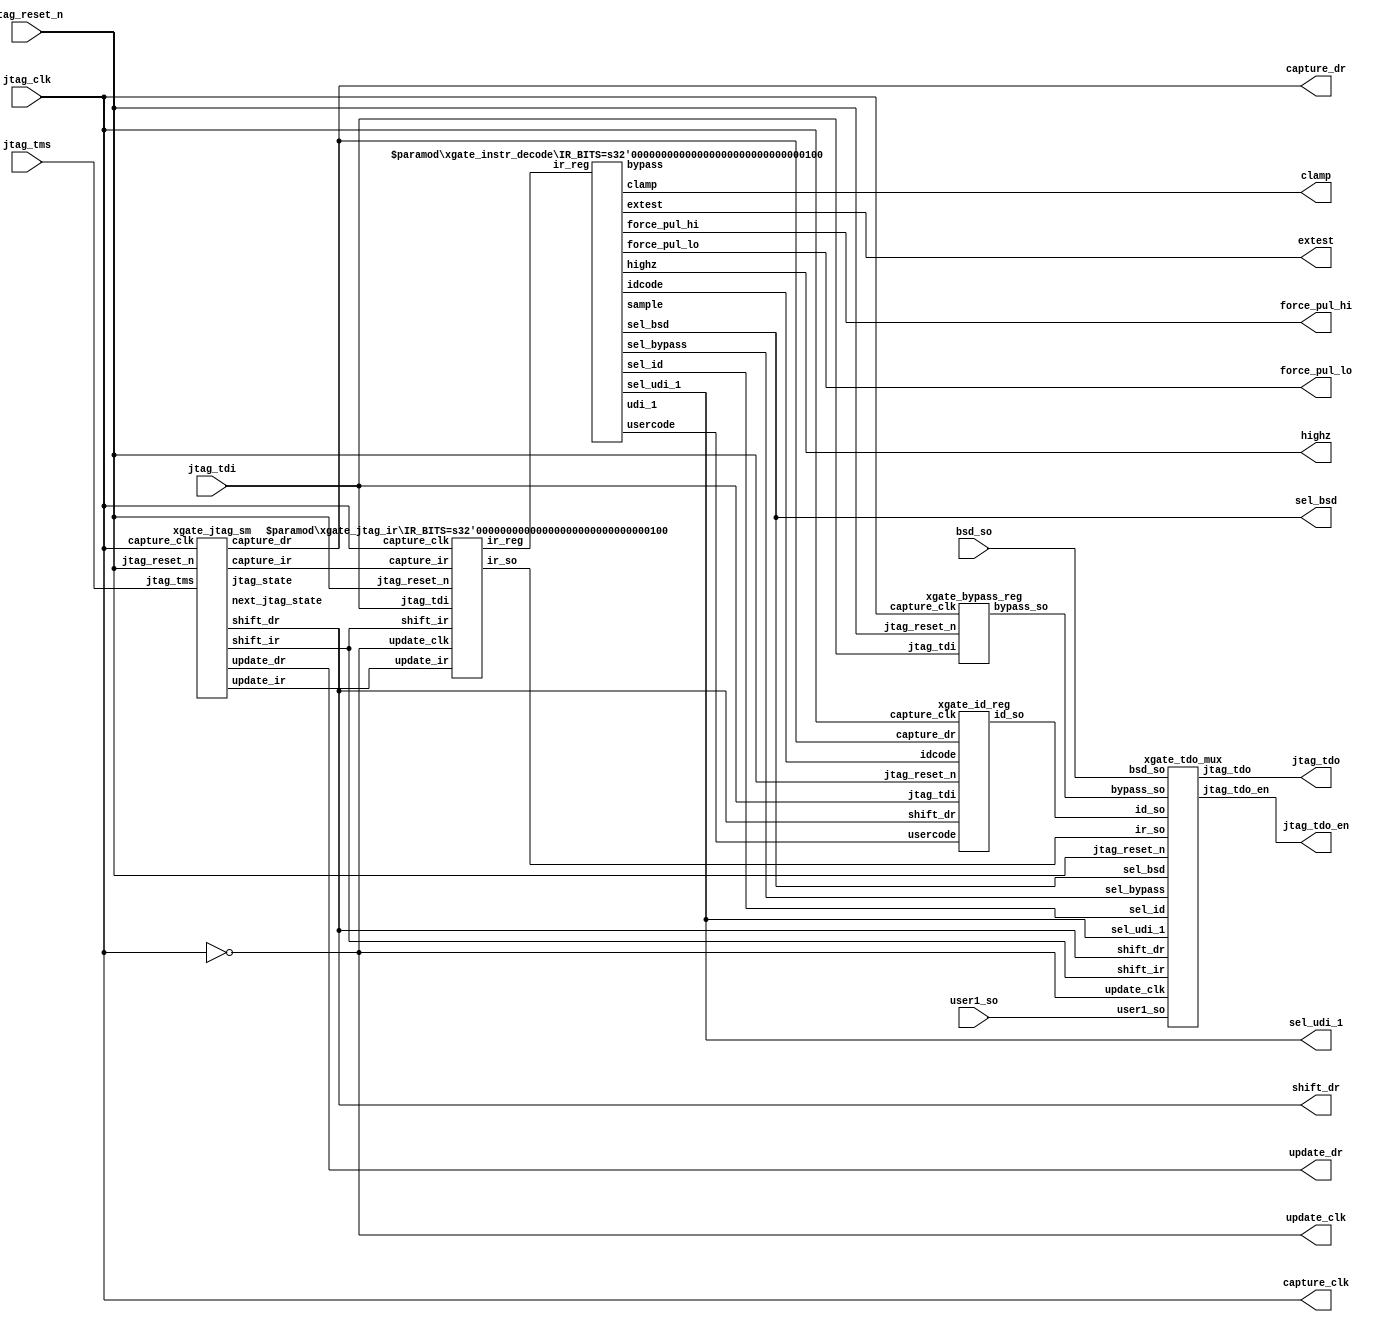
////////////////////////////////////////////////////////////////////////////////
//
//  XGATE Coprocessor - XGATE JTAG Module
//
//          rehayes@opencores.org
//
//  Downloaded from: http://www.opencores.org/projects/xgate.....
//
////////////////////////////////////////////////////////////////////////////////
// Copyright (c) 2011, Robert Hayes
//
// This source file is free software: you can redistribute it and/or modify
// it under the terms of the GNU Lesser General Public License as published
// by the Free Software Foundation, either version 3 of the License, or
// (at your option) any later version.
//
// Supplemental terms.
//     * Redistributions of source code must retain the above copyright
//       notice, this list of conditions and the following disclaimer.
//     * Neither the name of the <organization> nor the
//       names of its contributors may be used to endorse or promote products
//       derived from this software without specific prior written permission.
//
// THIS SOFTWARE IS PROVIDED BY Robert Hayes ''AS IS'' AND ANY
// EXPRESS OR IMPLIED WARRANTIES, INCLUDING, BUT NOT LIMITED TO, THE IMPLIED
// WARRANTIES OF MERCHANTABILITY AND FITNESS FOR A PARTICULAR PURPOSE ARE
// DISCLAIMED. IN NO EVENT SHALL Robert Hayes BE LIABLE FOR ANY
// DIRECT, INDIRECT, INCIDENTAL, SPECIAL, EXEMPLARY, OR CONSEQUENTIAL DAMAGES
// (INCLUDING, BUT NOT LIMITED TO, PROCUREMENT OF SUBSTITUTE GOODS OR SERVICES;
// LOSS OF USE, DATA, OR PROFITS; OR BUSINESS INTERRUPTION) HOWEVER CAUSED AND
// ON ANY THEORY OF LIABILITY, WHETHER IN CONTRACT, STRICT LIABILITY, OR TORT
// (INCLUDING NEGLIGENCE OR OTHERWISE) ARISING IN ANY WAY OUT OF THE USE OF THIS
// SOFTWARE, EVEN IF ADVISED OF THE POSSIBILITY OF SUCH DAMAGE.
//
// You should have received a copy of the GNU General Public License
// along with this program.  If not, see <http://www.gnu.org/licenses/>.
////////////////////////////////////////////////////////////////////////////////
// 45678901234567890123456789012345678901234567890123456789012345678901234567890

// -----------------------------------------------------------------------------
// JTAG TAP Controller
// -----------------------------------------------------------------------------
module xgate_jtag #(parameter IR_BITS = 4)    // Number of Instruction Register Bits
  (
    output  jtag_tdo,      // JTAG Serial Output Data
    output  jtag_tdo_en,   // JTAG Serial Output Data tri-state enable

    input   jtag_tdi,      // JTAG Serial Input Data
    input   jtag_clk,      // JTAG Test clock
    input   jtag_reset_n,  // JTAG Async reset signal
    input   jtag_tms,      // JTAG Test Mode Select

    output  extest,        // JTAG Command for I/O control
    output  clamp,         // JTAG Command for I/O control
    output  highz,         // JTAG Command for I/O control
    output  force_pul_lo,  // JTAG Command for I/O control
    output  force_pul_hi,  // JTAG Command for I/O control

    output  sel_bsd,       // JTAG select the boundary scan register
    output  sel_udi_1,     // JTAG select the udi_1 (testmode control) register

    output  capture_clk,   // Shift and input capture clock
    output  update_clk,    // Load holding register
    output  capture_dr,    // Enable shift/capture register input loading,
    output  update_dr,     // Enable holding register input loading
    output  shift_dr,      // Select eather shift mode or parallel capture mode
    input   bsd_so,        // Serial data input from boundary scan chain
    input   user1_so       // Serial data input from user register
  );


  wire [3:0] jtag_state;
  wire [3:0] next_jtag_state;

  wire [IR_BITS-1:0] ir_reg;



  // Define clocks here, future enhansment would be to add scan clock mux
  // update_clk is output I/O clock and control register capture clock
  // capture_clock is input I/O clock and shifting clock
  assign update_clk  = !jtag_clk;
  assign capture_clk = jtag_clk;

  // ---------------------------------------------------------------------------
  xgate_jtag_sm
    jtag_sm(
      .jtag_state(jtag_state),
      .next_jtag_state(next_jtag_state),
      .update_ir(update_ir),
      .capture_ir(capture_ir),
      .shift_ir(shift_ir),
      .update_dr(update_dr),
      .capture_dr(capture_dr),
      .shift_dr(shift_dr),
      .capture_clk(capture_clk),
      .jtag_reset_n(jtag_reset_n),
      .jtag_tms(jtag_tms)
    );

  // ---------------------------------------------------------------------------
  xgate_jtag_ir #(.IR_BITS(IR_BITS))
    jtag_ir(
      .ir_reg(ir_reg),
      .ir_so(ir_so),
      .capture_clk(capture_clk),
      .update_clk(update_clk),
      .update_ir(update_ir),
      .capture_ir(capture_ir),
      .shift_ir(shift_ir),
      .jtag_tdi(jtag_tdi),
      .jtag_reset_n(jtag_reset_n)
    );

  // ---------------------------------------------------------------------------
  xgate_instr_decode #(.IR_BITS(IR_BITS))
    decoder(
      .bypass(bypass),
      .clamp(clamp),
      .highz(highz),
      .extest(extest),
      .force_pul_lo(force_pul_lo),
      .force_pul_hi(force_pul_hi),
      .sample(sample),
      .idcode(idcode),
      .usercode(usercode),
      .udi_1(udi_1),

      .sel_bypass(sel_bypass),
      .sel_bsd(sel_bsd),
      .sel_id(sel_id),
      .sel_udi_1(sel_udi_1),

      .ir_reg(ir_reg)
    );

  // ---------------------------------------------------------------------------
  xgate_bypass_reg
    tdi_bypass(
      .bypass_so(bypass_so),

      .jtag_tdi(jtag_tdi),
      .capture_clk(capture_clk),
      .jtag_reset_n(jtag_reset_n)
    );

  // ---------------------------------------------------------------------------
  xgate_id_reg
    chip_id(
      .id_so(id_so),

      .jtag_tdi(jtag_tdi),
      .capture_clk(capture_clk),
      .capture_dr(capture_dr),
      .shift_dr(shift_dr),
      .idcode(idcode),
      .usercode(usercode),
      .jtag_reset_n(jtag_reset_n)
    );

  // ---------------------------------------------------------------------------
  xgate_tdo_mux
    tdo_out(
      .sel_bypass(sel_bypass),
      .sel_bsd(sel_bsd),
      .sel_id(sel_id),
      .sel_udi_1(sel_udi_1),

      .bypass_so(bypass_so),
      .bsd_so(bsd_so),
      .user1_so(user1_so),
      .id_so(id_so),
      .ir_so(ir_so),

      .shift_dr(shift_dr),
      .shift_ir(shift_ir),
      .update_clk(update_clk),
      .jtag_reset_n(jtag_reset_n),

      .jtag_tdo(jtag_tdo),
      .jtag_tdo_en(jtag_tdo_en)
    );

endmodule  // xgate_jtag


// -----------------------------------------------------------------------------
// JTAG TAP State Machine
// -----------------------------------------------------------------------------
module xgate_jtag_sm
  (
    output reg [3:0] jtag_state,        // JTAG State
    output reg [3:0] next_jtag_state,   // Pseudo Register for JTAG next state logic

    output           update_ir,
    output           capture_ir,
    output           shift_ir,

    output           update_dr,
    output           capture_dr,
    output           shift_dr,

    input            capture_clk,   // JTAG Test clock
    input            jtag_reset_n,  // JTAG Async reset signal
    input            jtag_tms       // JTAG Test Mode Select
  );

parameter RESET         = 4'hF,
          RUN_TEST_IDLE = 4'hC,
          SEL_DR_SCAN   = 4'h7,
          CAPTURE_DR    = 4'h6,
          SHIFT_DR      = 4'h2,
          EXIT1_DR      = 4'h1,
          PAUSE_DR      = 4'h3,
          EXIT2_DR      = 4'h0,
          UPDATE_DR     = 4'h5,
          SEL_IR_SCAN   = 4'h4,
          CAPTURE_IR    = 4'hE,
          SHIFT_IR      = 4'hA,
          EXIT1_IR      = 4'h9,
          PAUSE_IR      = 4'hB,
          EXIT2_IR      = 4'h8,
          UPDATE_IR     = 4'hD;

  assign update_ir  = jtag_state == UPDATE_IR;
  assign capture_ir = jtag_state == CAPTURE_IR;
  assign shift_ir   = jtag_state == SHIFT_IR;

  assign update_dr  = jtag_state == UPDATE_DR;
  assign capture_dr = jtag_state == CAPTURE_DR;
  assign shift_dr   = jtag_state == SHIFT_DR;


  // Define the JTAG State Register
  always @(posedge capture_clk or negedge jtag_reset_n)
    if (!jtag_reset_n)
      jtag_state <= RESET;
    else
      jtag_state <= next_jtag_state;

  // Define the JTAG State Transitions
  always @*
    begin
      case(jtag_state)
        RESET:
          next_jtag_state = jtag_tms ? RESET : RUN_TEST_IDLE;
        RUN_TEST_IDLE:
          next_jtag_state = jtag_tms ? SEL_DR_SCAN : RUN_TEST_IDLE;
        SEL_DR_SCAN:
          next_jtag_state = jtag_tms ? SEL_IR_SCAN : CAPTURE_DR;
        CAPTURE_DR:
          next_jtag_state = jtag_tms ? EXIT1_DR : SHIFT_DR;
        SHIFT_DR:
          next_jtag_state = jtag_tms ? EXIT1_DR : SHIFT_DR;
        EXIT1_DR:
          next_jtag_state = jtag_tms ? UPDATE_DR : PAUSE_DR;
        PAUSE_DR:
          next_jtag_state = jtag_tms ? EXIT2_DR : PAUSE_DR;
        EXIT2_DR:
          next_jtag_state = jtag_tms ? UPDATE_DR : SHIFT_DR;
        UPDATE_DR:
          next_jtag_state = jtag_tms ? SEL_DR_SCAN : RUN_TEST_IDLE;

        SEL_IR_SCAN:
          next_jtag_state = jtag_tms ? RESET : CAPTURE_IR;
        CAPTURE_IR:
          next_jtag_state = jtag_tms ? EXIT1_IR : SHIFT_IR;
        SHIFT_IR:
          next_jtag_state = jtag_tms ? EXIT1_IR : SHIFT_IR;
        EXIT1_IR:
          next_jtag_state = jtag_tms ? UPDATE_IR : PAUSE_IR;
        PAUSE_IR:
          next_jtag_state = jtag_tms ? EXIT2_IR : PAUSE_IR;
        EXIT2_IR:
          next_jtag_state = jtag_tms ? UPDATE_IR : SHIFT_IR;
        UPDATE_IR:
          next_jtag_state = jtag_tms ? SEL_DR_SCAN : RUN_TEST_IDLE;
      endcase
    end

endmodule  // xgate_jtag_sm


// -----------------------------------------------------------------------------
// JTAG TAP Instruction Register
// -----------------------------------------------------------------------------
module xgate_jtag_ir #(parameter IR_BITS = 4)    // Number of Instruction Register Bits
  (
    output reg [IR_BITS-1:0] ir_reg,
    output                   ir_so,    // IR shift out

    input            update_ir,
    input            capture_ir,
    input            shift_ir,

    input            jtag_tdi,      // JTAG Serial Input Data
    input            capture_clk,   // JTAG Test clock
    input            update_clk,
    input            jtag_reset_n   // JTAG Async reset signal
  );

  reg [IR_BITS-1:0] ir_shift_reg;

  assign ir_so = ir_shift_reg[0];

  // JTAG Instruction Shift Register
  always @(posedge capture_clk or negedge jtag_reset_n)
    if (!jtag_reset_n)
      ir_shift_reg <= 0;
    else if (capture_ir)
      ir_shift_reg <= ir_reg;
    else if (shift_ir)
      ir_shift_reg <= {jtag_tdi, ir_shift_reg[(IR_BITS-1):1]};

  // JTAG Instruction Register
  always @(posedge update_clk or negedge jtag_reset_n)
    if (!jtag_reset_n)
      ir_reg <= {IR_BITS{1'b1}};  // Make the default instruction BYPASS
    else if (update_ir)
      ir_reg <= ir_shift_reg;

endmodule  // xgate_jtag_ir


// -----------------------------------------------------------------------------
// JTAG Bypass Register
// -----------------------------------------------------------------------------
module xgate_bypass_reg
  (
    output reg       bypass_so,

    input            jtag_tdi,      // JTAG Serial Input Data
    input            capture_clk,   // JTAG Test clock
    input            jtag_reset_n   // JTAG Async reset signal
  );

  // JTAG Bypass Register
  always @(posedge capture_clk or negedge jtag_reset_n)
    if (!jtag_reset_n)
      bypass_so <= 0;
    else
      bypass_so <= jtag_tdi;

endmodule  // xgate_bypass_reg


// -----------------------------------------------------------------------------
// JTAG ID Register
// -----------------------------------------------------------------------------
module xgate_id_reg #(parameter NUM_BITS = 32)
  (
    output id_so,

    input  jtag_tdi,      // JTAG Serial Input Data
    input  capture_clk,
    input  capture_dr,
    input  shift_dr,
    input  idcode,
    input  usercode,
    input  jtag_reset_n   // JTAG Async reset signal
  );

  parameter user_code_val  = 32'ha596_c3f0;
  parameter version        = 4'h1;
  parameter part_num       = 16'h1105;
  parameter manufacture_id = 11'h00f;

  reg  [NUM_BITS-1:0] id_shifter;

  wire [NUM_BITS-1:0] jtag_id = {version, part_num, manufacture_id, 1'b1};
  wire [NUM_BITS-1:0] sel_mux = ({NUM_BITS{idcode}} & jtag_id) | ({NUM_BITS{usercode}} & user_code_val);
  wire [NUM_BITS-1:0] din_mux = shift_dr ? {jtag_tdi, id_shifter[(NUM_BITS-1):1]} : jtag_id;

  wire capture_en = (idcode || usercode) && (capture_dr || shift_dr);

  // JTAG Id Register
  always @(posedge capture_clk or negedge jtag_reset_n)
    if (!jtag_reset_n)
      id_shifter <= 0;
    else if (capture_en)
      id_shifter <= din_mux;

  assign id_so = id_shifter[0];

endmodule  // xgate_id_reg


// -----------------------------------------------------------------------------
// JTAG Instruction decoder of the IR Register
// -----------------------------------------------------------------------------
module xgate_instr_decode #(parameter IR_BITS = 4)    // Number of Instruction Register Bits
  (
    output reg bypass,
    output reg clamp,
    output reg highz,
    output reg extest,
    output reg force_pul_lo,
    output reg force_pul_hi,
    output reg sample,
    output reg idcode,
    output reg usercode,
    output reg udi_1,

    output     sel_bypass,
    output     sel_bsd,
    output     sel_id,
    output     sel_udi_1,

    input  [IR_BITS-1:0] ir_reg
  );

  assign sel_bypass = bypass || clamp || highz || force_pul_lo || force_pul_hi;
  assign sel_bsd = extest || sample;
  assign sel_id = idcode || usercode;
  assign sel_udi_1 = udi_1;

  always @*
    begin
      bypass     = 0;
      clamp      = 0;
      highz      = 0;
      extest     = 0;
      force_pul_lo = 0;
      force_pul_hi = 0;
      sample     = 0;
      idcode     = 0;
      usercode   = 0;
      udi_1      = 0;
      casez (ir_reg)
        4'b0110: clamp = 1;
        4'b0101: highz = 1;
        4'b0000: extest = 1;
        4'b1001: force_pul_lo = 1;
        4'b1010: force_pul_hi = 1;
        4'b0111: sample = 1;
        4'b0001: idcode = 1;
        4'b0011: usercode = 1;
        4'b1100: udi_1 = 1;
        default: bypass = 1;
      endcase
    end

endmodule  // xgate_instr_decode


// -----------------------------------------------------------------------------
// JTAG Test Data Output mux
// -----------------------------------------------------------------------------
module xgate_tdo_mux
  (
    input  sel_bypass,
    input  sel_bsd,
    input  sel_id,
    input  sel_udi_1,

    input  bypass_so,
    input  bsd_so,
    input  id_so,
    input  user1_so,
    input  ir_so,

    input  shift_dr,
    input  shift_ir,
    input  update_clk,
    input  jtag_reset_n,

    output reg jtag_tdo,
    output reg jtag_tdo_en
  );

  wire bypass_gate = shift_dr && sel_bypass && bypass_so;
  wire bsd_gate    = shift_dr && sel_bsd    && bsd_so;
  wire id_gate     = shift_dr && sel_id     && id_so;
  wire udi_1_gate  = shift_dr && sel_udi_1  && user1_so;
  wire ir_gate     = shift_ir && ir_so;

  wire jtag_tdo_mux = bypass_gate || bsd_gate || id_gate || udi_1_gate || ir_gate;

  // JTAG TDO Retiming Register
  always @(posedge update_clk or negedge jtag_reset_n)
    if (!jtag_reset_n)
      jtag_tdo <= 0;
    else
      jtag_tdo <= jtag_tdo_mux;

  // JTAG Output Enable Register
  always @(posedge update_clk or negedge jtag_reset_n)
    if (!jtag_reset_n)
      jtag_tdo_en <= 0;
    else
      jtag_tdo_en <= shift_dr || shift_ir;

endmodule  // xgate_tdo_mux


// -----------------------------------------------------------------------------
// Boundary Scan Cell #7
// -----------------------------------------------------------------------------
module bc_7
  (
    input      capture_clk,  // Shift and input capture clock
    input      update_clk,   // Load holding register
    input      capture_en,   // Enable shift/capture register parallel input loading,
    input      update_en,    // Enable holding register input loading
    input      shift_dr,     // Select eather shift mode or parallel capture mode
    input      mode,         // Select test mode or mission mode control of pad
    input      si,           // Serial data input
    input      pin_input,    // Mission mode input from pin
    input      control_out,  // Signal from bc_2 module controlling output enable pin
    input      output_data,  // mission mode data in from core
    input      reset_n,      // reset

    output     data_out,     // Final data to pad
    output reg so            // Serial data out
  );

  reg data_reg;

  // Shift register
  always @(posedge capture_clk or negedge reset_n)
    if (!reset_n)
      so <= 0;
    else if (capture_en)
      so <= shift_dr ? si : ((!control_out || mode) ? pin_input : output_data);

  // Holding register
  always @(posedge update_clk or negedge reset_n)
    if (!reset_n)
      data_reg <= 0;
    else if (update_en)
      data_reg <= so;

  assign data_out = mode ? data_reg : output_data;

endmodule  // bc_7


// -----------------------------------------------------------------------------
// Boundary Scan Cell #2
// -----------------------------------------------------------------------------
module bc_2
  (
    input      capture_clk,  // Shift and input capture clock
    input      update_clk,   // Load holding register
    input      capture_en,   // Enable shift/capture register parallel input loading
    input      update_en,    // Enable holding register input loading
    input      shift_dr,     // Select eather shift mode or parallel capture mode
    input      mode,         // Select test mode or mission mode control of pad
    input      si,           // Serial data input
    input      data_in,      // Mission mode input
    input      reset_n,      // reset

    output     data_out,     // Final data to pad
    output reg so            // Serial data out
  );

  reg data_reg;

  // Shift register
  always @(posedge capture_clk or negedge reset_n)
    if (!reset_n)
      so <= 0;
    else if (capture_en)
      so <= shift_dr ? si : data_out;

  // Holding register
  always @(posedge update_clk or negedge reset_n)
    if (!reset_n)
      data_reg <= 0;
    else if (update_en)
      data_reg <= so;

  assign data_out = mode ? data_reg : data_in;

endmodule  // bc_2